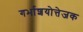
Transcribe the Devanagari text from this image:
गर्भाशयोत्तेजक